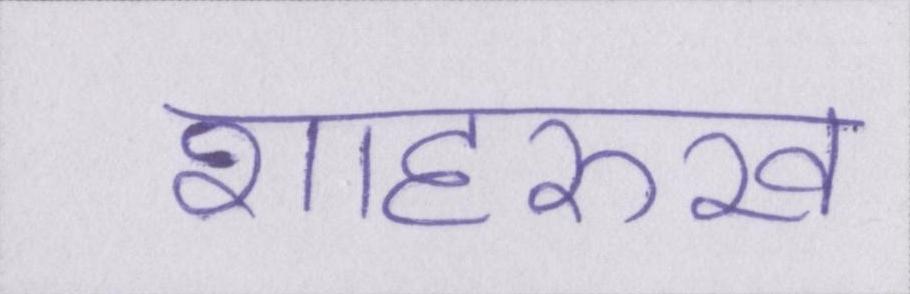
शाहरुख